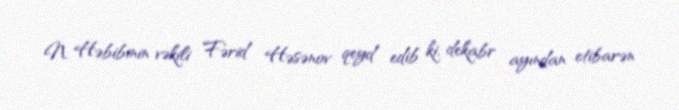
N. Həbibinin vəkili Fərid Həsənov qeyd edib ki, dekabr ayından etibarən